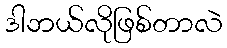
ဒါဘယ်လိုဖြစ်တာလဲ